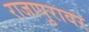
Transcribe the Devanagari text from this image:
राजापुरावर